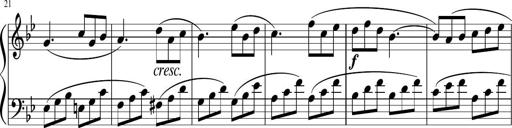
Title: 12 Keyboard Sonatinas
Composer: James Hook